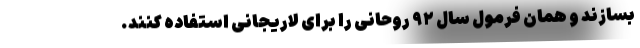
بسازند و همان فرمول سال ۹۲ روحانی را برای لاریجانی استفاده کنند.